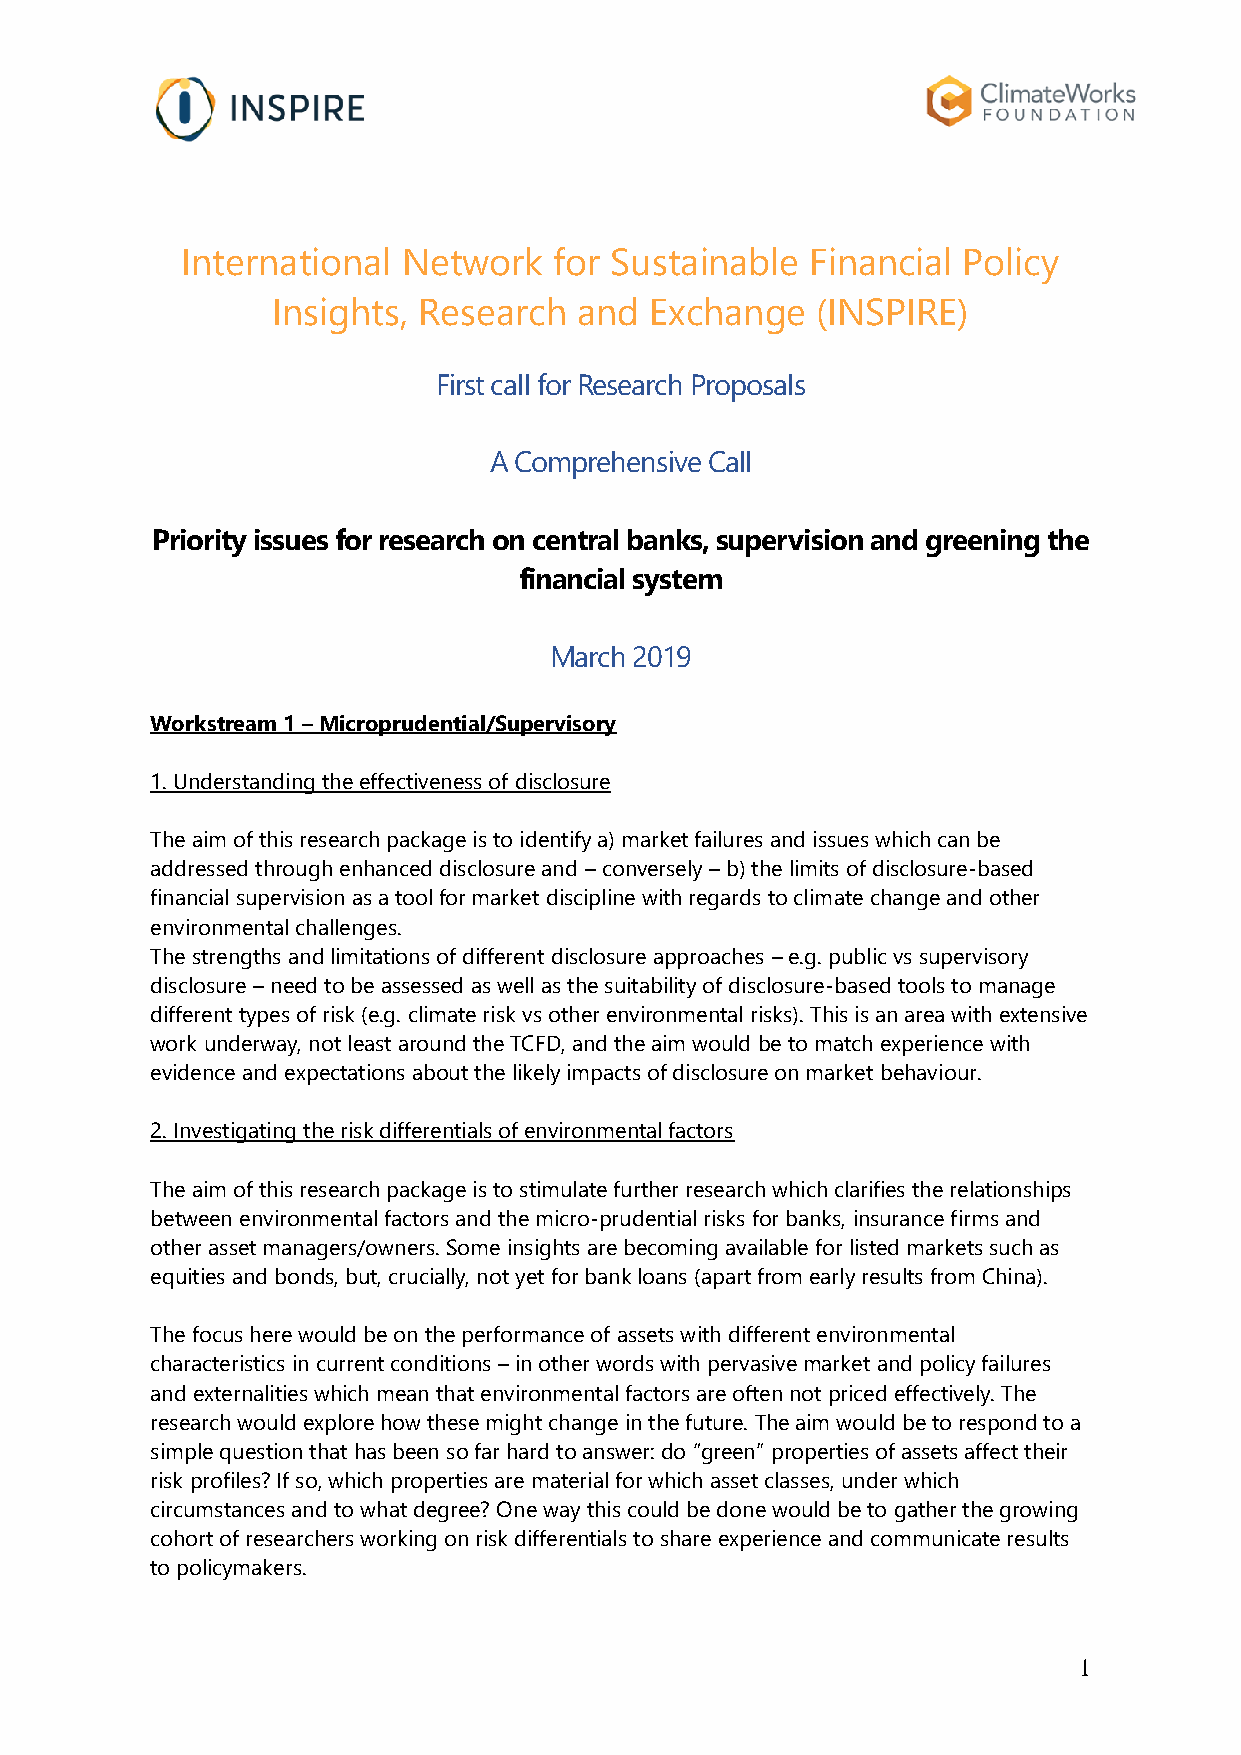
International  Network   for Sustainable  Financial Policy
 Insights, Research  and  Exchange   (INSPIRE)
 First call for Research Proposals
 A Comprehensive Call
 Priority issues for research on central banks, supervision and greening the
 financial system
 March 2019
 Workstream 1 – Microprudential/Supervisory
 1. Understanding the effectiveness of disclosure
 The aim of this research package is to identify a) market failures and issues which can be
 addressed through enhanced disclosure and – conversely – b) the limits of disclosure-based
 financial supervision as a tool for market discipline with regards to climate change and other
 environmental challenges.
 The strengths and limitations of different disclosure approaches – e.g. public vs supervisory
 disclosure – need to be assessed as well as the suitability of disclosure-based tools to manage
 different types of risk (e.g. climate risk vs other environmental risks). This is an area with extensive
 work underway, not least around the TCFD, and the aim would be to match experience with
 evidence and expectations about the likely impacts of disclosure on market behaviour.
 2. Investigating the risk differentials of environmental factors
 The aim of this research package is to stimulate further research which clarifies the relationships
 between environmental factors and the micro-prudential risks for banks, insurance firms and
 other asset managers/owners. Some insights are becoming available for listed markets such as
 equities and bonds, but, crucially, not yet for bank loans (apart from early results from China).
 The focus here would be on the performance of assets with different environmental
 characteristics in current conditions – in other words with pervasive market and policy failures
 and externalities which mean that environmental factors are often not priced effectively. The
 research would explore how these might change in the future. The aim would be to respond to a
 simple question that has been so far hard to answer: do “green” properties of assets affect their
 risk profiles? If so, which properties are material for which asset classes, under which
 circumstances and to what degree? One way this could be done would be to gather the growing
 cohort of researchers working on risk differentials to share experience and communicate results
 to policymakers.
 1